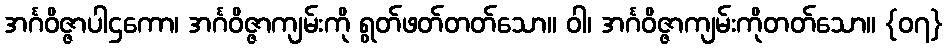
အင်္ဂဝိဇ္ဇာပါဌကော၊ အင်္ဂဝိဇ္ဇာကျမ်းကို ရွတ်ဖတ်တတ်သော။ ဝါ၊ အင်္ဂဝိဇ္ဇာကျမ်းကိုတတ်သော။ {၀၇}